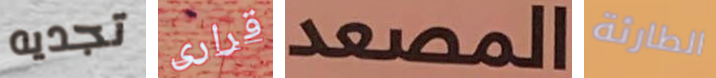
تجديه قرارى المصعد الطارئة